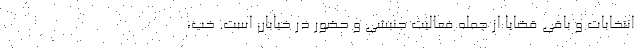
انتخابات و باقی قضایا از جمله فعالیت جنبشی و حضور در خیابان است. خب،